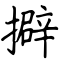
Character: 擗